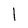
Character: 1